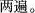
两遍。